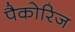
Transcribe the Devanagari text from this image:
पैकोरिज